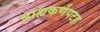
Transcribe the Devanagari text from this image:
बाह्यकर्णपटह